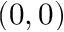
( 0 , 0 )